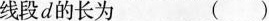
线段d的长为 （）